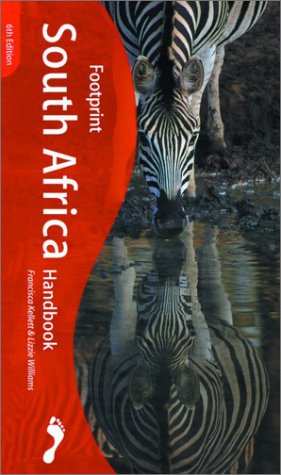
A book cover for Footprint South Africa Handbook (6th Edition); Francisca Kellett; Travel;